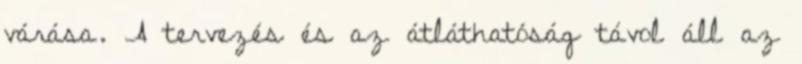
várása. A tervezés és az átláthatóság távol áll az